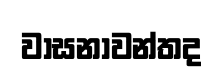
වාසනාවන්තද